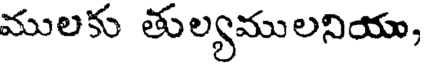
ములకు తుల్యములనియు,